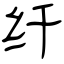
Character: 纤